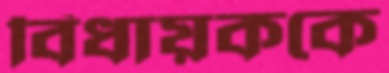
বিধায়ককে